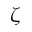
\zeta